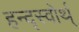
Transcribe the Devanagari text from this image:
हन्द्स्वोर्थ्